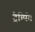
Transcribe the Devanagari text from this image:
ट्रैम्पिंग